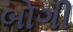
બોગી